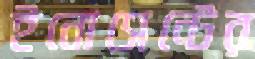
ইনোসেন্টের